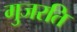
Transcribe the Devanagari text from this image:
गुजरति